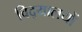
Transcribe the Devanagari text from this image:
विद्‌यालयों